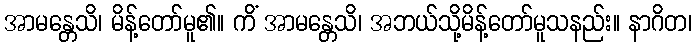
အာမန္တေသိ၊ မိန့်တော်မူ၏။ ကိံ အာမန္တေသိ၊ အဘယ်သို့မိန့်တော်မူသနည်း။ နာဂိတ၊